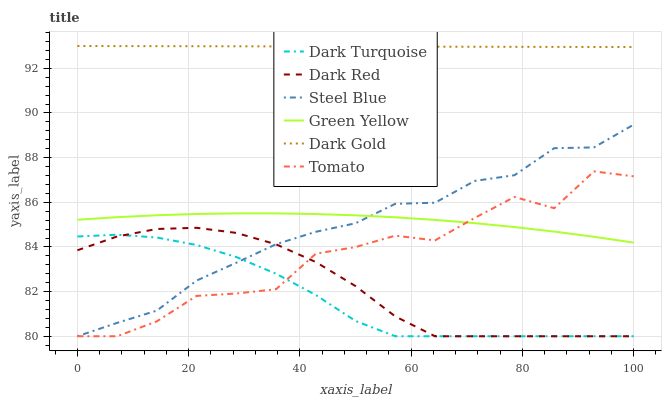
| xaxis_label | Dark Turquoise | Dark Red | Steel Blue | Green Yellow | Dark Gold | Tomato |
 | --- | --- | --- | --- | --- | --- | --- |
 | 0 | 84.5 | 83.9 | 80 | 85.2 | 93 | 80 |
 | 7.14 | 84.5 | 84.5 | 80.6 | 85.3 | 93 | 80 |
 | 14.3 | 84.4 | 84.8 | 81.1 | 85.4 | 93 | 80.7 |
 | 21.4 | 84.1 | 84.9 | 82.5 | 85.5 | 93 | 81.8 |
 | 28.6 | 83.5 | 84.6 | 83.3 | 85.5 | 93 | 81.9 |
 | 35.7 | 82.8 | 84.1 | 84.1 | 85.5 | 93 | 82.1 |
 | 42.9 | 81.8 | 83.3 | 84.7 | 85.5 | 93 | 83.7 |
 | 50 | 80.7 | 82.2 | 85.1 | 85.4 | 93 | 84 |
 | 57.1 | 80 | 80.9 | 85.9 | 85.3 | 93 | 84.5 |
 | 64.3 | 80 | 80 | 86 | 85.2 | 93 | 84.3 |
 | 71.4 | 80 | 80 | 87 | 85.1 | 93 | 85.3 |
 | 78.6 | 80 | 80 | 87.2 | 84.9 | 93 | 86.2 |
 | 85.7 | 80 | 80 | 88.4 | 84.7 | 93 | 85.7 |
 | 92.9 | 80 | 80 | 88.5 | 84.5 | 93 | 87.4 |
 | 100 | 80 | 80 | 89.5 | 84.2 | 93 | 87.2 |